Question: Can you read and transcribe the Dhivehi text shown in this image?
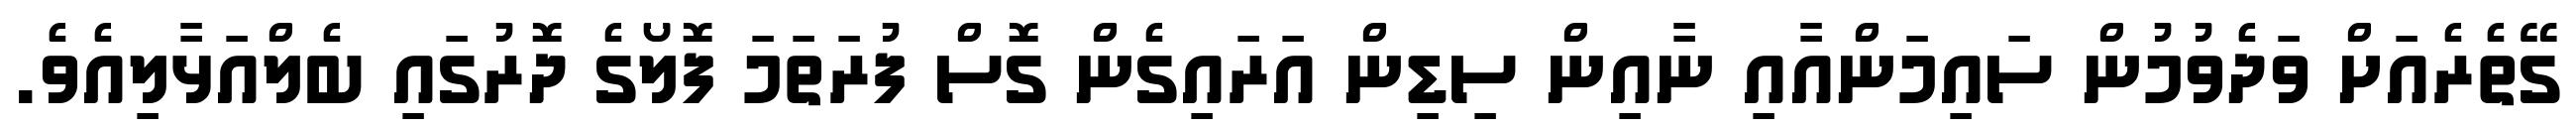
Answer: ގޭތެރެއަށް ވަދެވުމުން ސައިމަންއާއި ނާއިން ސިޑިން އަރައިގެން ގޮސް ފުރަތަމަ ފޮލޯގެ ދޮރުގައި ބެލްއަޅާލިއެވެ.